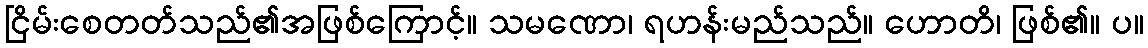
ငြိမ်းစေတတ်သည်၏အဖြစ်ကြောင့်။ သမဏော၊ ရဟန်းမည်သည်။ ဟောတိ၊ ဖြစ်၏။ ပ။